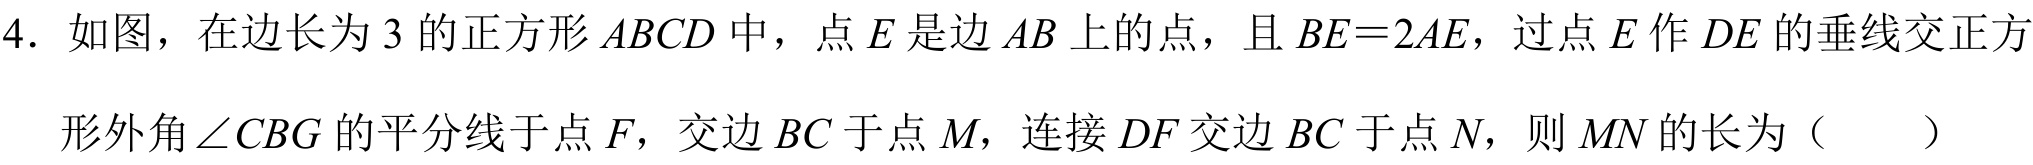
4. 如图，在边长为\(3\)的正方形\(ABCD\)中，点\(E\)是边\(AB\)上的点，且\(BE = 2AE\)，过点\(E\)作\(DE\)的垂线交正方

形外角\(\angle CBG\)的平分线于点\(F\)，交边\(BC\)于点\(M\)，连接\(DF\)交边\(BC\)于点\(N\)，则\(MN\)的长为（  ）